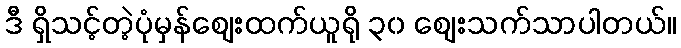
ဒီ ရှိသင့်တဲ့ပုံမှန်စျေးထက်ယူရို ၃၀ စျေးသက်သာပါတယ်။